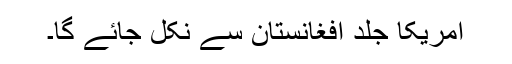
امریکا جلد افغانستان سے نکل جائے گا۔